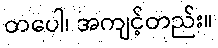
တပေါ၊ အကျင့်တည်း။